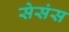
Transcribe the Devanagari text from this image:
सेसंस